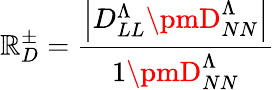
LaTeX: \mathbb{R}_{D}^{\pm}=\frac{{\left|D_{LL}^{\Lambda}\pmD_{NN}^{\Lambda}\right|}}{{1\pmD_{NN}^{\Lambda}}}